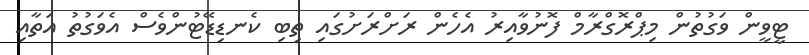
ޓީވީން ވަގުތުން މިޕްރޮގްރާމް ފޮނުވާއިރު އެހެން ރަށްރަށުގައި ތިބި ކެނޑިޑޭޓުންވެސް އެވަގުތު އަތާއި